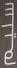
سليم